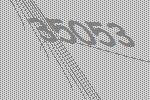
35053